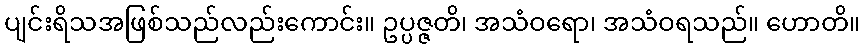
ပျင်းရိသအဖြစ်သည်လည်းကောင်း။ ဥပ္ပဇ္ဇတိ၊ အသံဝရော၊ အသံဝရသည်။ ဟောတိ။